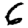
Digit: 6